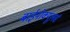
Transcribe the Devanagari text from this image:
बाईनोक्यूलर्स